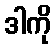
ဒါကို